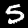
Digit: 5